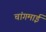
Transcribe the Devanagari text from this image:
चांगमाई